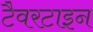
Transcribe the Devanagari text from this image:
टैवरटाइन